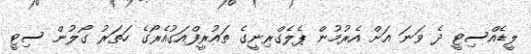
ލީޑެއްސިޓީ ދެ ވަނަ އަށް އެރުމުން ޕެލެގްރިނީގެ ތައުރީފްއަގުއެރޯގެ ހަތަރު ގޯލުން ސިޓީ